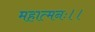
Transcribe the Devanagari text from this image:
महात्मनः।।